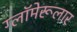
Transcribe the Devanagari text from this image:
ग्लॉमेरूलार